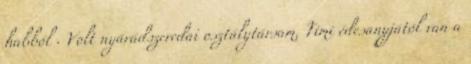
habból . Volt nyárádszeredai osztálytársam, Timi édesanyjától van a